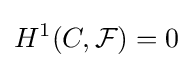
H^{1}(C,{\mathcal {F}})=0